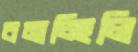
বনাচ্ছিলি